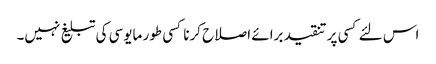
اس لئے کسی پر تنقید برائے اصلاح کرنا کسی طور مایوسی کی تبلیغ نہیں۔